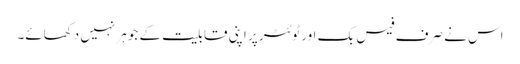
اس نے صرف فیس بک اور ٹوئٹر پر اپنی قابلیت کے جوہر نہیں دکھائے۔